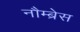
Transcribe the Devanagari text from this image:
नौम्ब्रेस